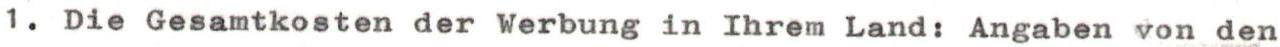
1. Die Gesamtkosten der Werbung in Ihrem Land: Angaben von den